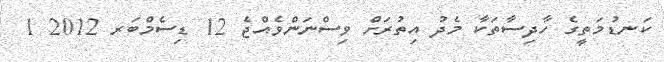
ކަނޑުމަތީގެ ހާދިސާތަކާ މެދު އިތުރަށް ވިސްނަންވެއްޖެ 12 ޑިސެމްބަރ 2012 1